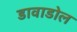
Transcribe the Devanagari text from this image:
डावाडोल